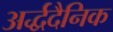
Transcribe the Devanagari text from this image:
अर्द्धदैनिक